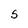
Character: 5